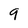
Character: 9